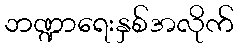
ဘဏ္ဍာရေးနှစ်အလိုက်